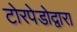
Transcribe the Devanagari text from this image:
टोरपेडोद्वारा